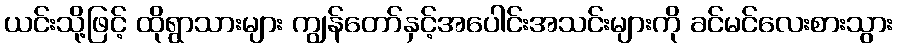
ယင်းသို့ဖြင့် ထိုရွာသားများ ကျွန်တော်နှင့်အပေါင်းအသင်းများကို ခင်မင်လေးစားသွား